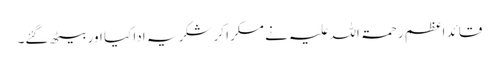
قائدِ اعظم رحمۃ اللہ علیہ نے مسکرا کر شکریہ ادا کیا اور بیٹھ گئے۔